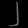
Digit: ၂